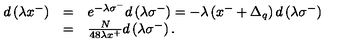
\begin{array} { l l l } { d \left( \lambda x ^ { - } \right) } & { = } & { e ^ { - \lambda \sigma ^ { - } } d \left( \lambda \sigma ^ { - } \right) = - \lambda \left( x ^ { - } + \Delta _ { q } \right) d \left( \lambda \sigma ^ { - } \right) } \\ { } & { = } & { { \frac { N } { 4 8 \lambda x ^ { + } } } d \left( \lambda \sigma ^ { - } \right) . } \\ \end{array}